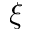
\xi